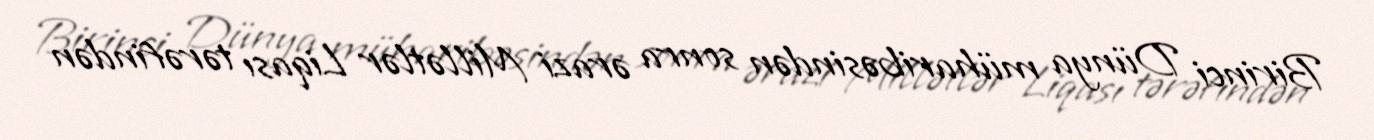
Birinci Dünya müharibəsindən sonra ərazi Millətlər Liqası tərəfindən